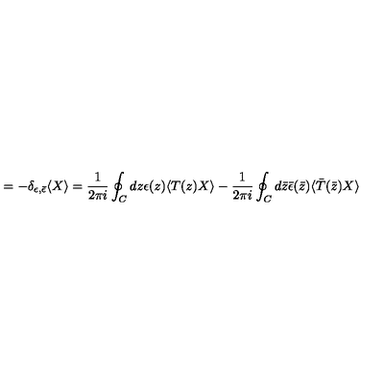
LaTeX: = - \delta _ { \epsilon , \bar { \epsilon } } \langle X \rangle = \frac { 1 } { 2 \pi i } \oint _ { C } d z \epsilon ( z ) \langle T ( z ) X \rangle - \frac { 1 } { 2 \pi i } \oint _ { C } d \bar { z } \bar { \epsilon } ( \bar { z } ) \langle \bar { T } ( \bar { z } ) X \rangle